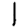
Digit: 1